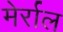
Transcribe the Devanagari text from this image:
मेर्राल